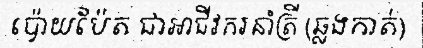
ប៉ោយប៉ែត ជាអាជីវករនាំត្រី (ឆ្លងកាត់)